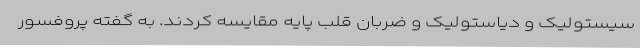
سیستولیک و دیاستولیک و ضربان قلب پایه مقایسه کردند. به گفته پروفسور